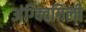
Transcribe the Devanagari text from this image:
अंग्क्विगिली